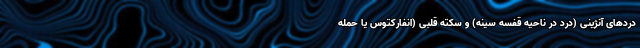
دردهای آنژینی (درد در ناحیه قفسه سینه) و سکته قلبی (انفارکتوس یا حمله